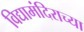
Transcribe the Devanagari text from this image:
विद्यामंदिराच्या